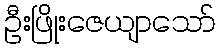
ဦးဖြိုးဇေယျာသော်